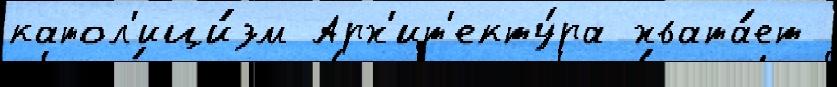
катол'ици́зм Арх'ит'екту́ра хвата́ет